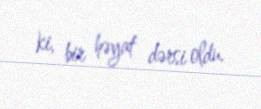
ki, bir həyat dərsi oldu.